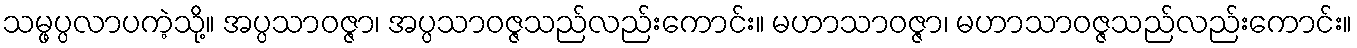
သမ္ဖပ္ပလာပကဲ့သို့။ အပ္ပသာဝဇ္ဇာ၊ အပ္ပသာဝဇ္ဇသည်လည်းကောင်း။ မဟာသာဝဇ္ဇာ၊ မဟာသာဝဇ္ဇသည်လည်းကောင်း။